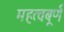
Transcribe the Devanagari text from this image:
महत्वबूर्ण